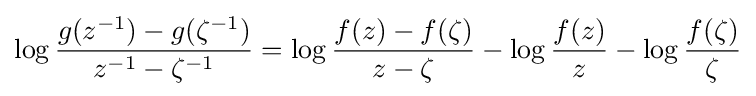
\log {g(z^{-1})-g(\zeta ^{-1}) \over z^{-1}-\zeta ^{-1}}=\log {f(z)-f(\zeta ) \over z-\zeta }-\log {f(z) \over z}-\log {f(\zeta ) \over \zeta }